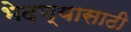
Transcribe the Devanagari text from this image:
भेदण्यासाठी